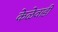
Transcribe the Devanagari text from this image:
केळेवाडी